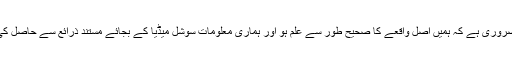
) یہ بھی ضروری ہے کہ ہمیں اصل واقعے کا صحیح طور سے علم ہو اور ہماری معلومات سوشل میڈیا کے بجائے مستند ذرائع سے حاصل کی گئی ہوں۔